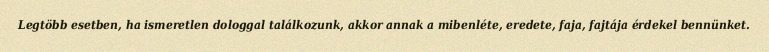
Legtöbb esetben, ha ismeretlen dologgal találkozunk, akkor annak a mibenléte, eredete, faja, fajtája érdekel bennünket.